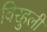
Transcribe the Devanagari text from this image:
विरहुली